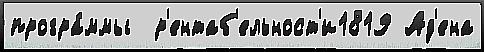
програ́ммы  р'ентаб'ельност'и1819 Ад'ена